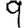
Digit: 9